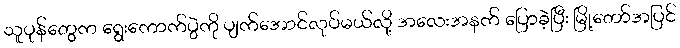
သူပုန်တွေက ရွေးကောက်ပွဲကို ပျက်အောင်လုပ်မယ်လို့ အလေးအနက် ပြောခဲ့ပြီး မြို့တော်အပြင်